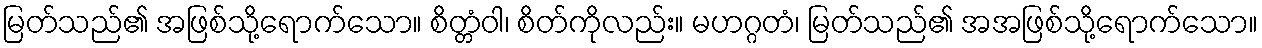
မြတ်သည်၏ အဖြစ်သို့ရောက်သော။ စိတ္တံဝါ၊ စိတ်ကိုလည်း။ မဟဂ္ဂတံ၊ မြတ်သည်၏ အအဖြစ်သို့ရောက်သော။